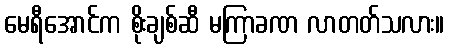
မေရီအောင်က စိုးချစ်ဆီ မကြာခဏ လာတတ်သလား။